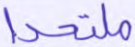
ملتحدا